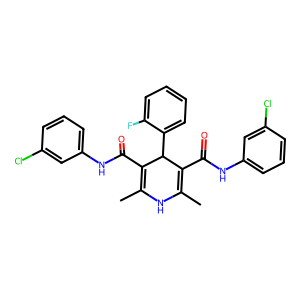
SMILES: CC1=C(C(=O)Nc2cccc(Cl)c2)C(c2ccccc2F)C(C(=O)Nc2cccc(Cl)c2)=C(C)N1
Inhibits HIV replication: No